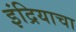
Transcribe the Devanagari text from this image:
इंद्रियाचा